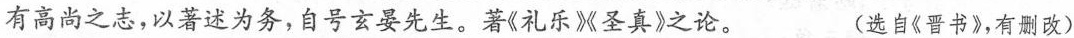
有高尚之志，以著述为务，自号玄晏先生。著《礼乐》圣真》之论。 (选自《晋书》，有删改)